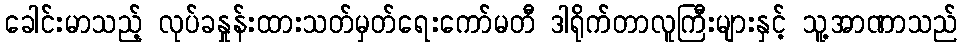
ခေါင်းမာသည့် လုပ်ခနှုန်းထားသတ်မှတ်ရေးကော်မတီ ဒါရိုက်တာလူကြီးများနှင့် သူ့အာဏာသည်